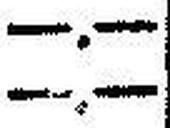
—.—